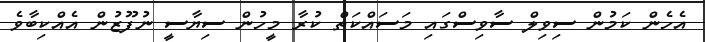
އެހެން ކަމުން ސިވިލް ސާވިސްގައި މަސައްކަތް ކުރާ މީހުން ސިޔާސީ ނުފޫޒުން އެއްކިބާވެ